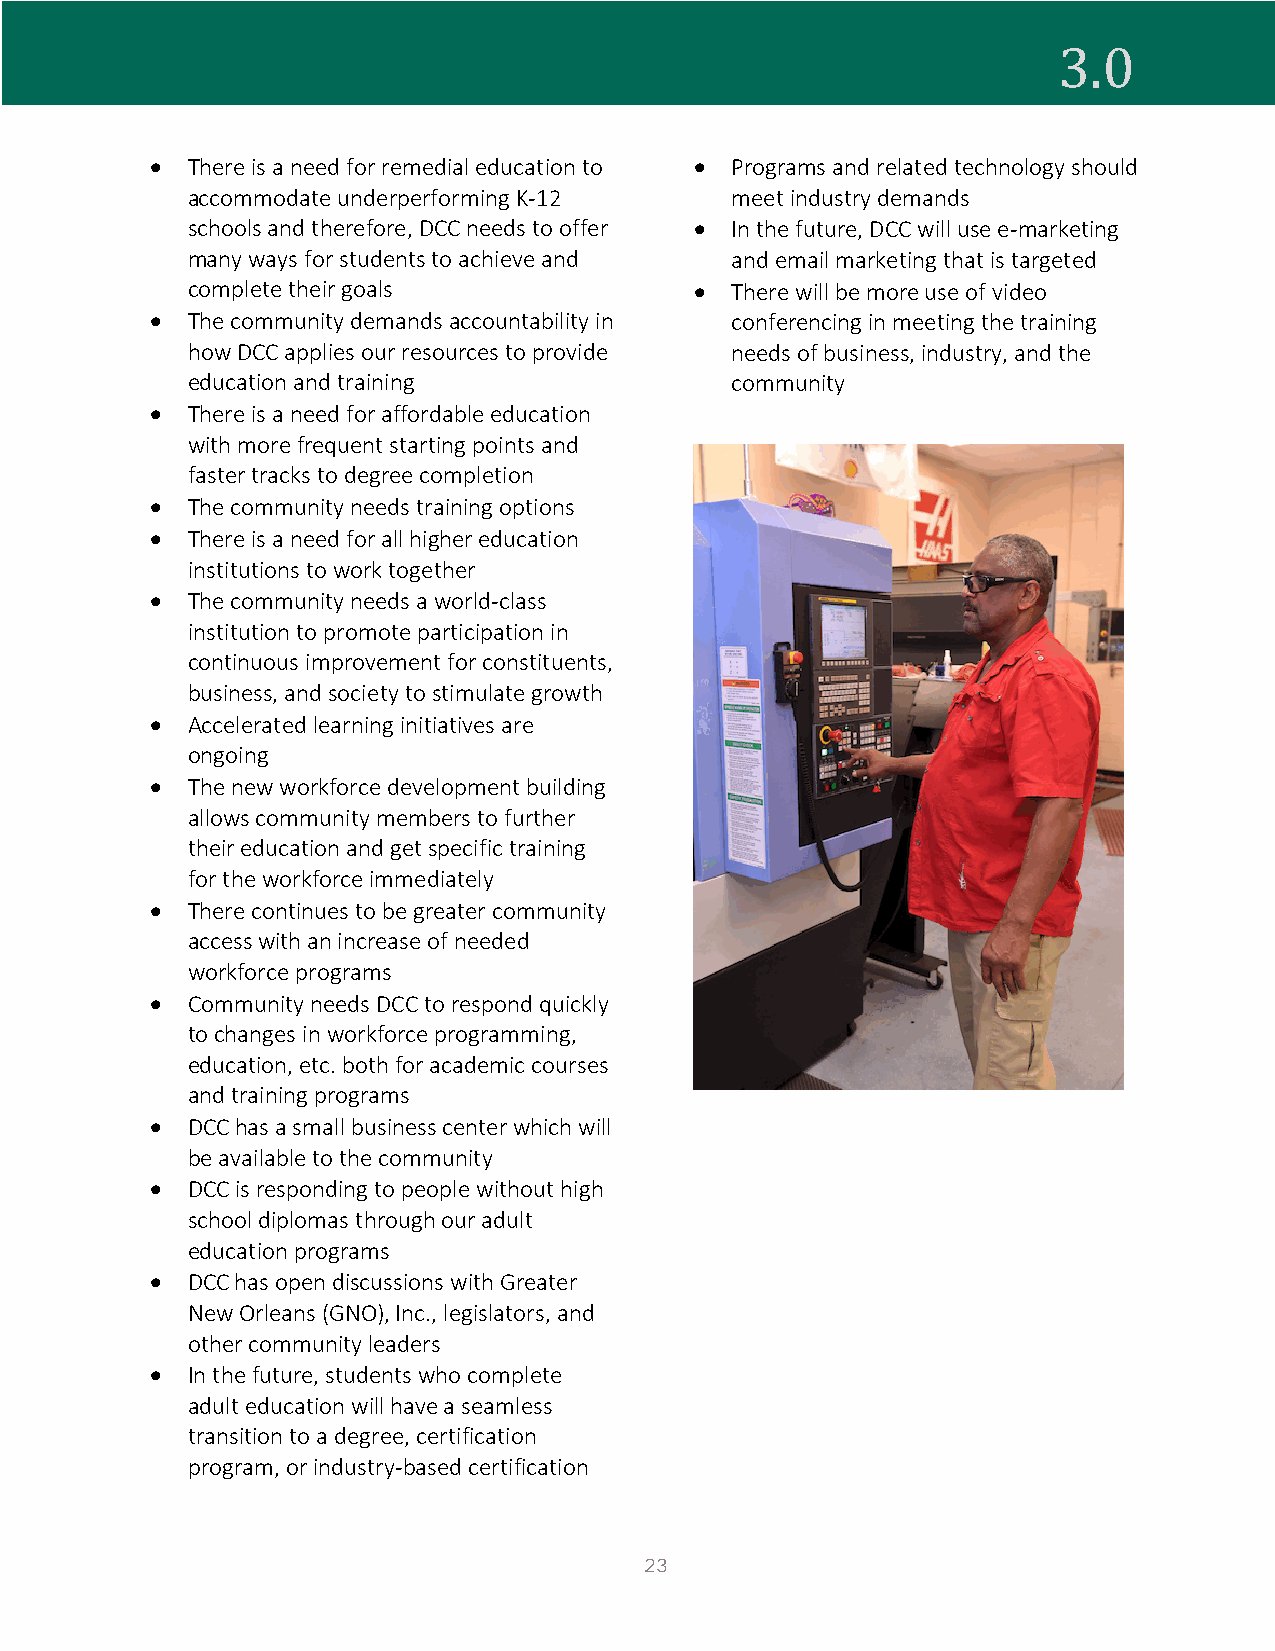
• There is a need for remedial education to • Programs and related technology should
 3.0
 accommodate underperforming K-12    meet industry demands
 schools and therefore, DCC needs to offer • In the future, DCC will use e-marketing
 many ways for students to achieve and and email marketing that is targeted
 complete their goals              • There will be more use of video
 • The community demands accountability in conferencing in meeting the training
 how DCC applies our resources to provide needs of business, industry, and the
 education and training              community
 • There is a need for affordable education
 with more frequent starting points and
 faster tracks to degree completion
 • The community needs training options
 • There is a need for all higher education
 institutions to work together
 • The community needs a world-class
 institution to promote participation in
 continuous improvement for constituents,
 business, and society to stimulate growth
 • Accelerated learning initiatives are
 ongoing
 • The new workforce development building
 allows community members to further
 their education and get specific training
 for the workforce immediately
 • There continues to be greater community
 access with an increase of needed
 workforce programs
 • Community needs DCC to respond quickly
 to changes in workforce programming,
 education, etc. both for academic courses
 and training programs
 • DCC has a small business center which will
 be available to the community
 • DCC is responding to people without high
 school diplomas through our adult
 education programs
 • DCC has open discussions with Greater
 New Orleans (GNO), Inc., legislators, and
 other community leaders
 • In the future, students who complete
 adult education will have a seamless
 transition to a degree, certification
 program, or industry-based certification
 23